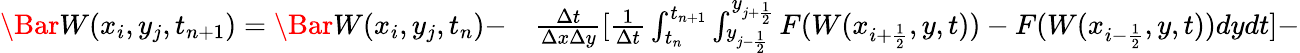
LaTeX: \begin{array}{rl}{\Bar W(x_{i},y_{j},t_{n+1})=\Bar W(x_{i},y_{j},t_{n})-}&{{}\frac{\Delta t}{\Delta x\Delta y}[\frac{1}{\Delta t}\int_{t_{n}}^{t_{n+1}}\int_{y_{j-\frac{1}{2}}}^{y_{j+\frac{1}{2}}}F(W(x_{i+\frac{1}{2}},y,t))-F(W(x_{i-\frac{1}{2}},y,t))dydt]-}\end{array}